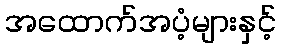
အထောက်အပံ့များနှင့်